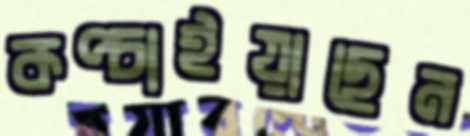
কপ্‌চাইয়াছেন